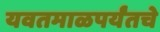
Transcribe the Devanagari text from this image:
यवतमाळपर्यंतचे